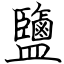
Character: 鹽